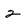
Character: 2